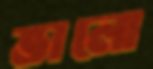
ভালো